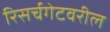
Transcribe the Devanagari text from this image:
रिसर्चगेटवरील